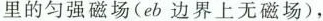
里的匀强磁场(eb边界上无磁场)，